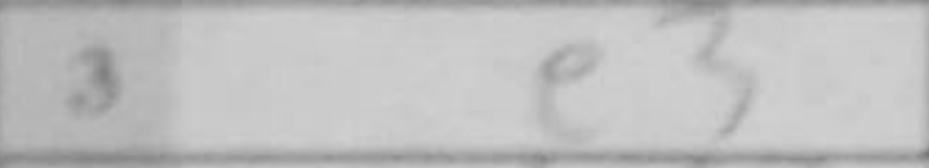
Transcription: e3